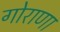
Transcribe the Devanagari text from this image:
गोराणा